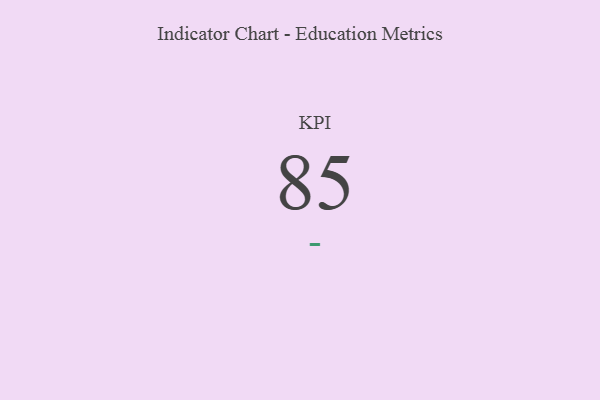
{"axis": {"x": "KPI", "y": "Value"}, "legend": [""], "data": [{"x": "KPI", "y": 85, "type": ""}]}